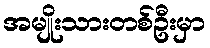
အမျိုးသားတစ်ဦးမှာ